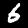
Label: 6